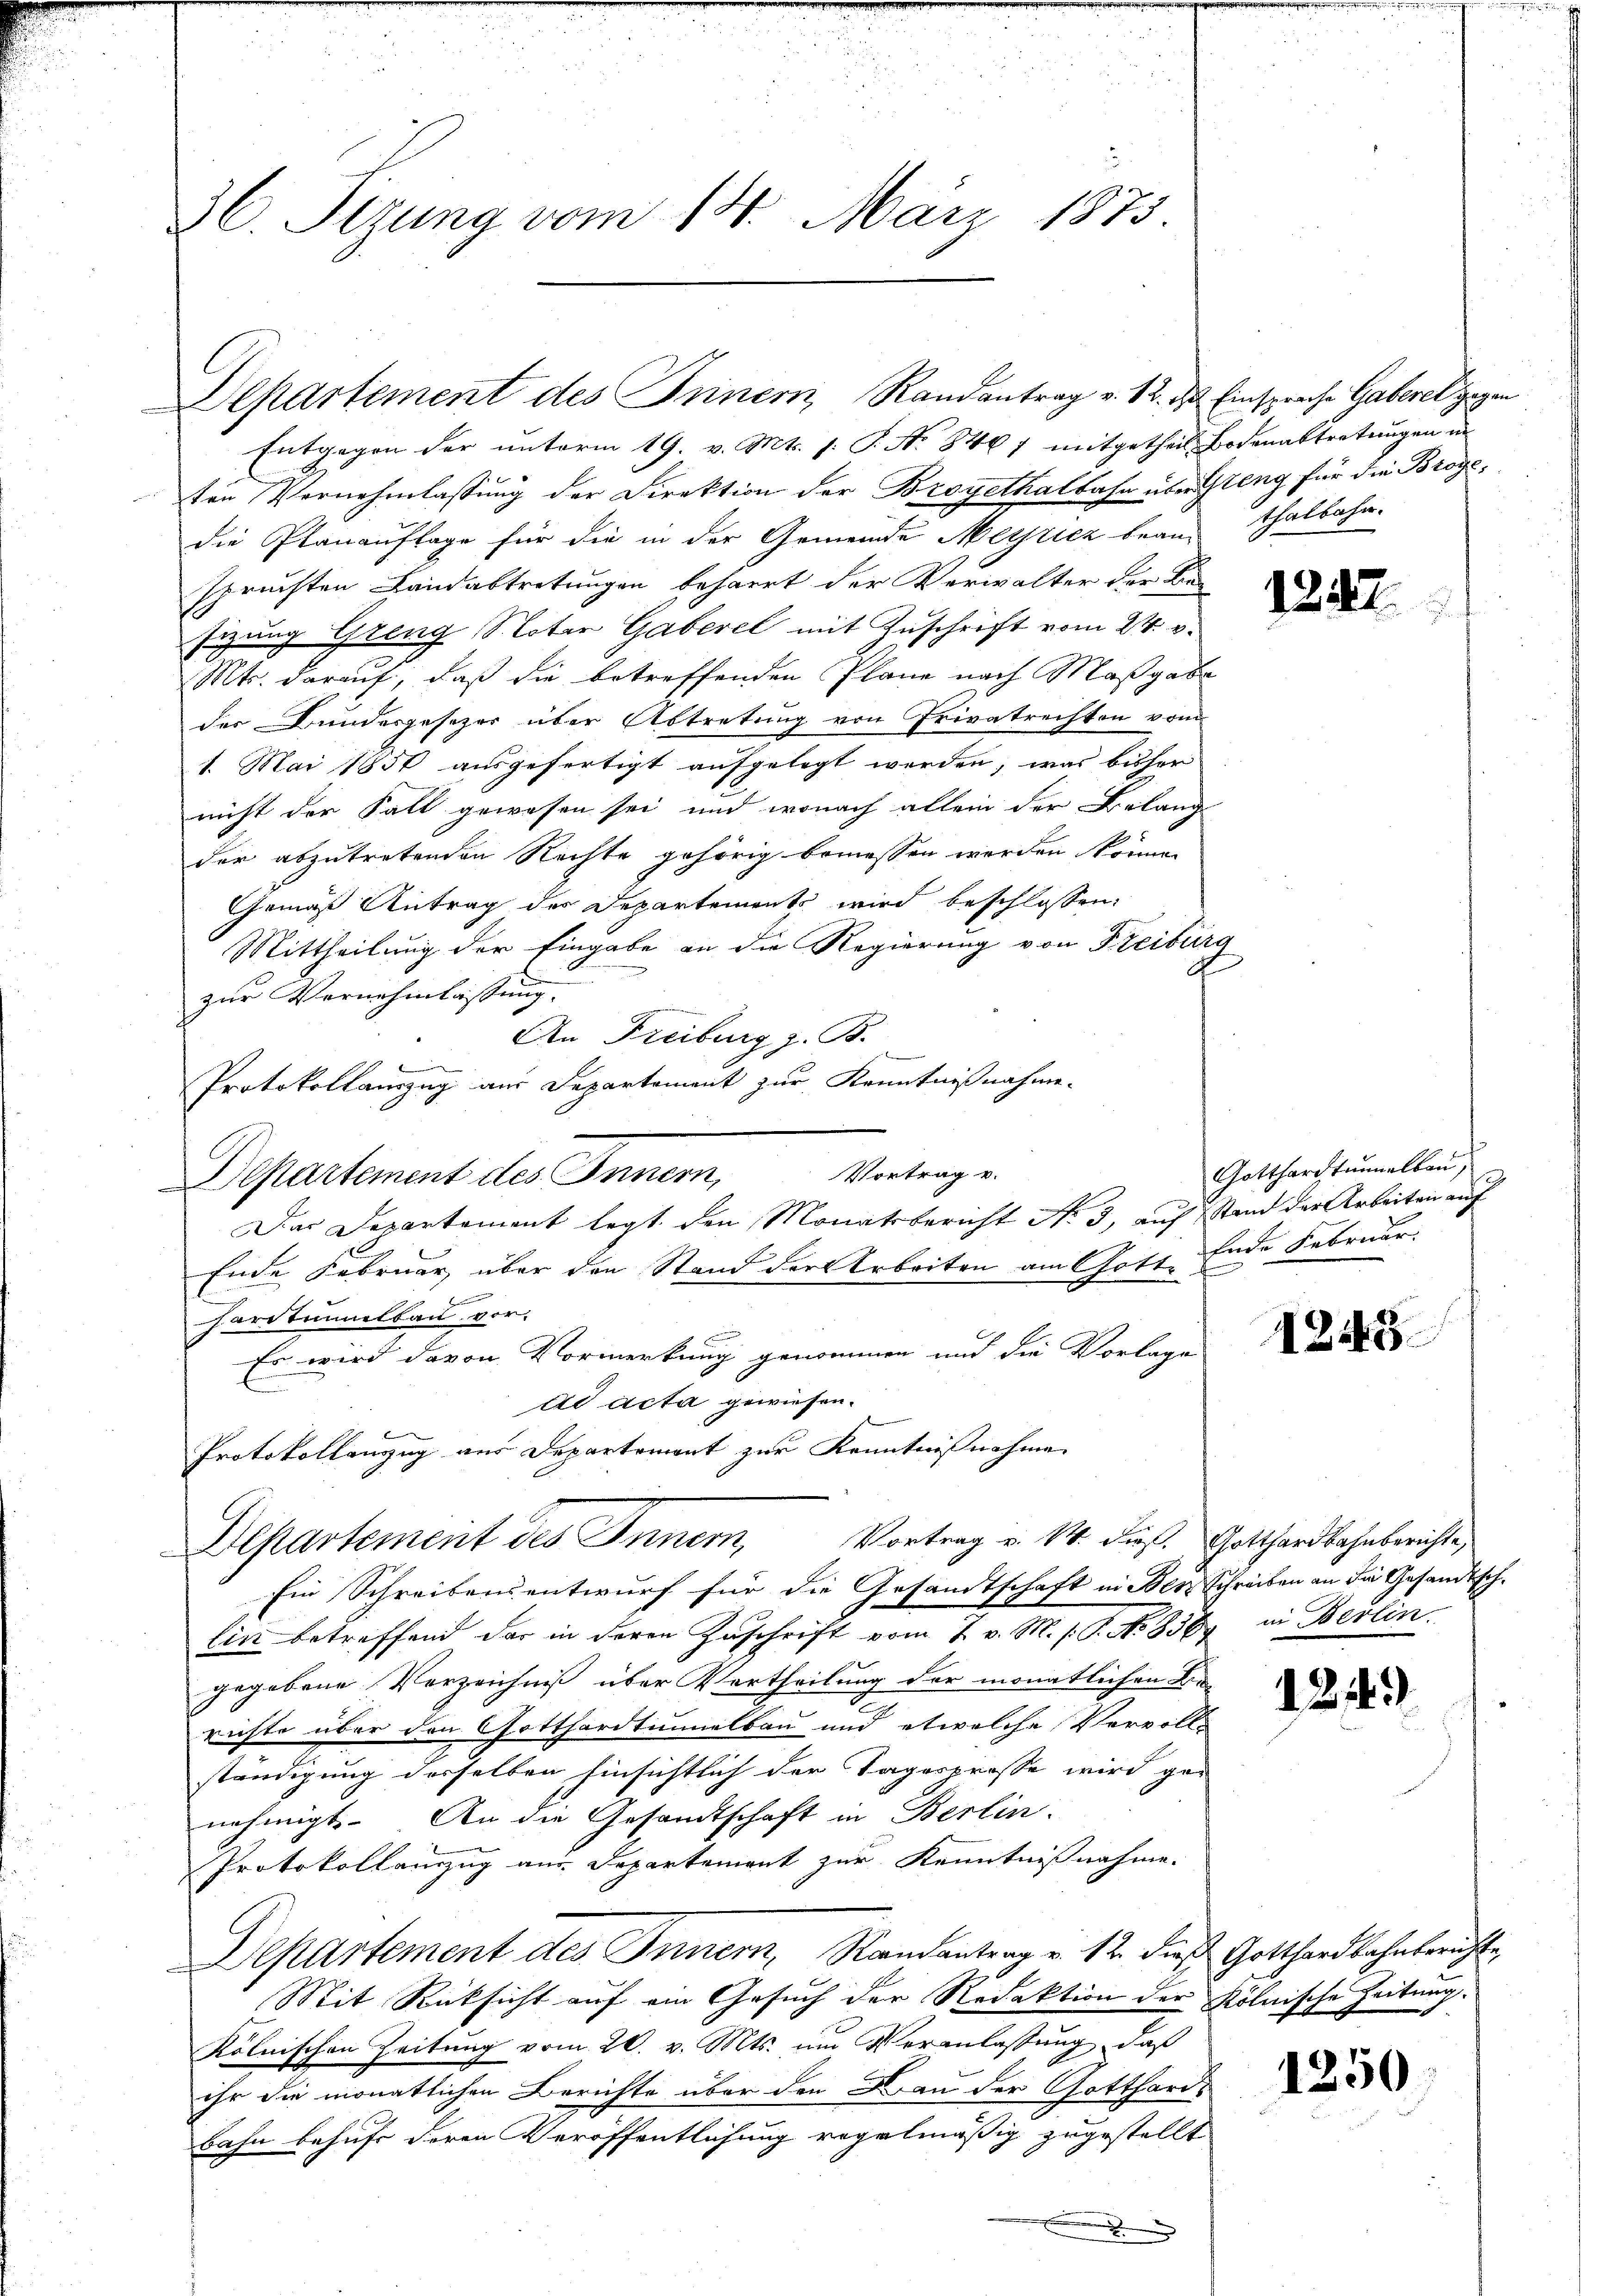
36. Sizung vom 18. März 1873.

Departement des Innern, Randantrag v. 12. ds Einsprache Gaberet gegen

Entgegen der unterm 19. v. Mts. s. T. No 846 7 mitgetheil Bodenabtretungen in
ten Vernehmlassung der Direktion der Brogethalbahn über Geng für die Brogedie Planauflage für die in der Gemeinde Meiricz beanthalbahn.
spruchten Landabtretungen beharrt der Verwalter der Besizung Greng Noter Gaberel mit Zuschrift vom 24. v.
Mts. darauf, daß die betreffenden Plane nach Maßgabe
der Bundesgesezer über Abtretung von Privatrechten vom
1. Mai 1850 ausgefertigt aufgelegt werden, was bisher
nicht der Fall gewesen sei, und wonach allein der Belang
der abzutretenden Rechte gehörig bemessen werden könne.
Gemäß Antrag des Departement wird beschlossen:
Mittheilung der Eingabe an die Regierung von Freiburg
¬
zur Vernehmlassung. |
An Freiburg z. B.
Protokollauszug aus Departement zur Kenntnißnahme-
Departement des Innern,
Der Departement legt den Monatsbericht No 3, auf stand der Arbeiten auf
Ende Februar, über den Stand der Arbeiten am Gott Ende Februar.
Caritummelbau vor-
Es wird davon Vormerkung genommen und die Vorlage
ad acta gewiesen.
Protokollenzug aus Departement zur Kenntnißnahme.
Departement des Inner, Vortrag u. M. dieß. Gotthardbahnberichte,
Ein Schreibensentwurf für die Gesandtschaft in Benz Schreiben an die Gesandtschlin betreffend der in deren Zuschrift vom 7. v. M. s. S. No 856 in Berlin
gegebene Verzeichniß über Vertheilung der monatlichen Be-
richte über den Gotthardtunnelbau und etwelche Vervoll-
ständigung desselben hinsichtlich der Tagesprosse wird ge-
nehmigt. An die Gesandtschaft in Berlin.
Protokollauszug aus Departement zur Kenntnißnahme.
Departement des Inner, Randantrag v. 12. dieß Gotthardbahnberichte,
Mit Rücksicht auf ein Gesuch der Redaktion der Kölnische Zeitung.
kölnischen Zeitung vom 20. v. Mts. um Veranlassung, daß
ihr die monatlichen Berichte über den Bau der Gotthards
Bahn behufe deren Veröffentlichung regelmäßig zugestellt

Vortrag v.

12.

.

Gotthardtunnelbau,

1248

1214)

1250.